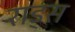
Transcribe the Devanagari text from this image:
राड्स